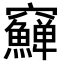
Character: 𥩎